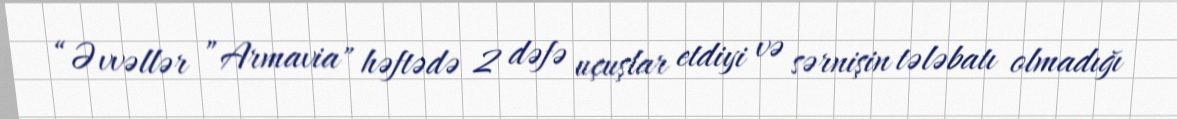
“Əvvəllər ”Armavia" həftədə 2 dəfə uçuşlar etdiyi və sərnişin tələbatı olmadığı